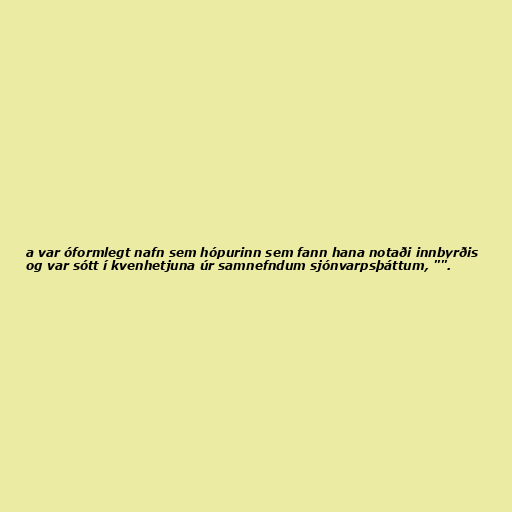
a var óformlegt nafn sem hópurinn sem fann hana notaði innbyrðis
og var sótt í kvenhetjuna úr samnefndum sjónvarpsþáttum, "".